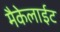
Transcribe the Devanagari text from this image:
मैकेलाईट